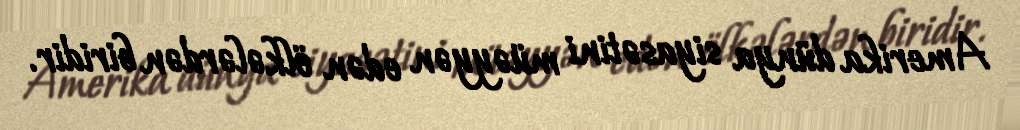
Amerika dünya siyasətini müəyyən edən ölkələrdən biridir.